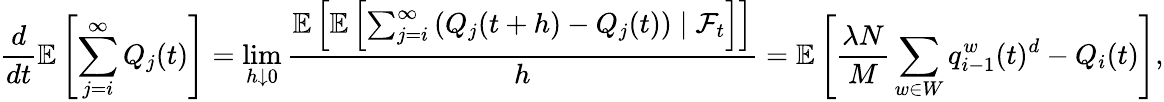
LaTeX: \frac{d}{dt}\mathbb{E}\left[\sum_{j=i}^{\infty}Q_{j}(t)\right]=\operatorname*{lim}_{h\downarrow 0}\frac{\mathbb{E}\left[\mathbb{E}\left[\sum_{j=i}^{\infty}\left(Q_{j}(t+h)-Q_{j}(t)\right)\mid\mathcal{F}_{t}\right]\right]}{h}=\mathbb{E}\left[\frac{\lambda N}{M}\sum_{w\in W}q_{i-1}^{w}(t)^{d}-Q_{i}(t)\right],